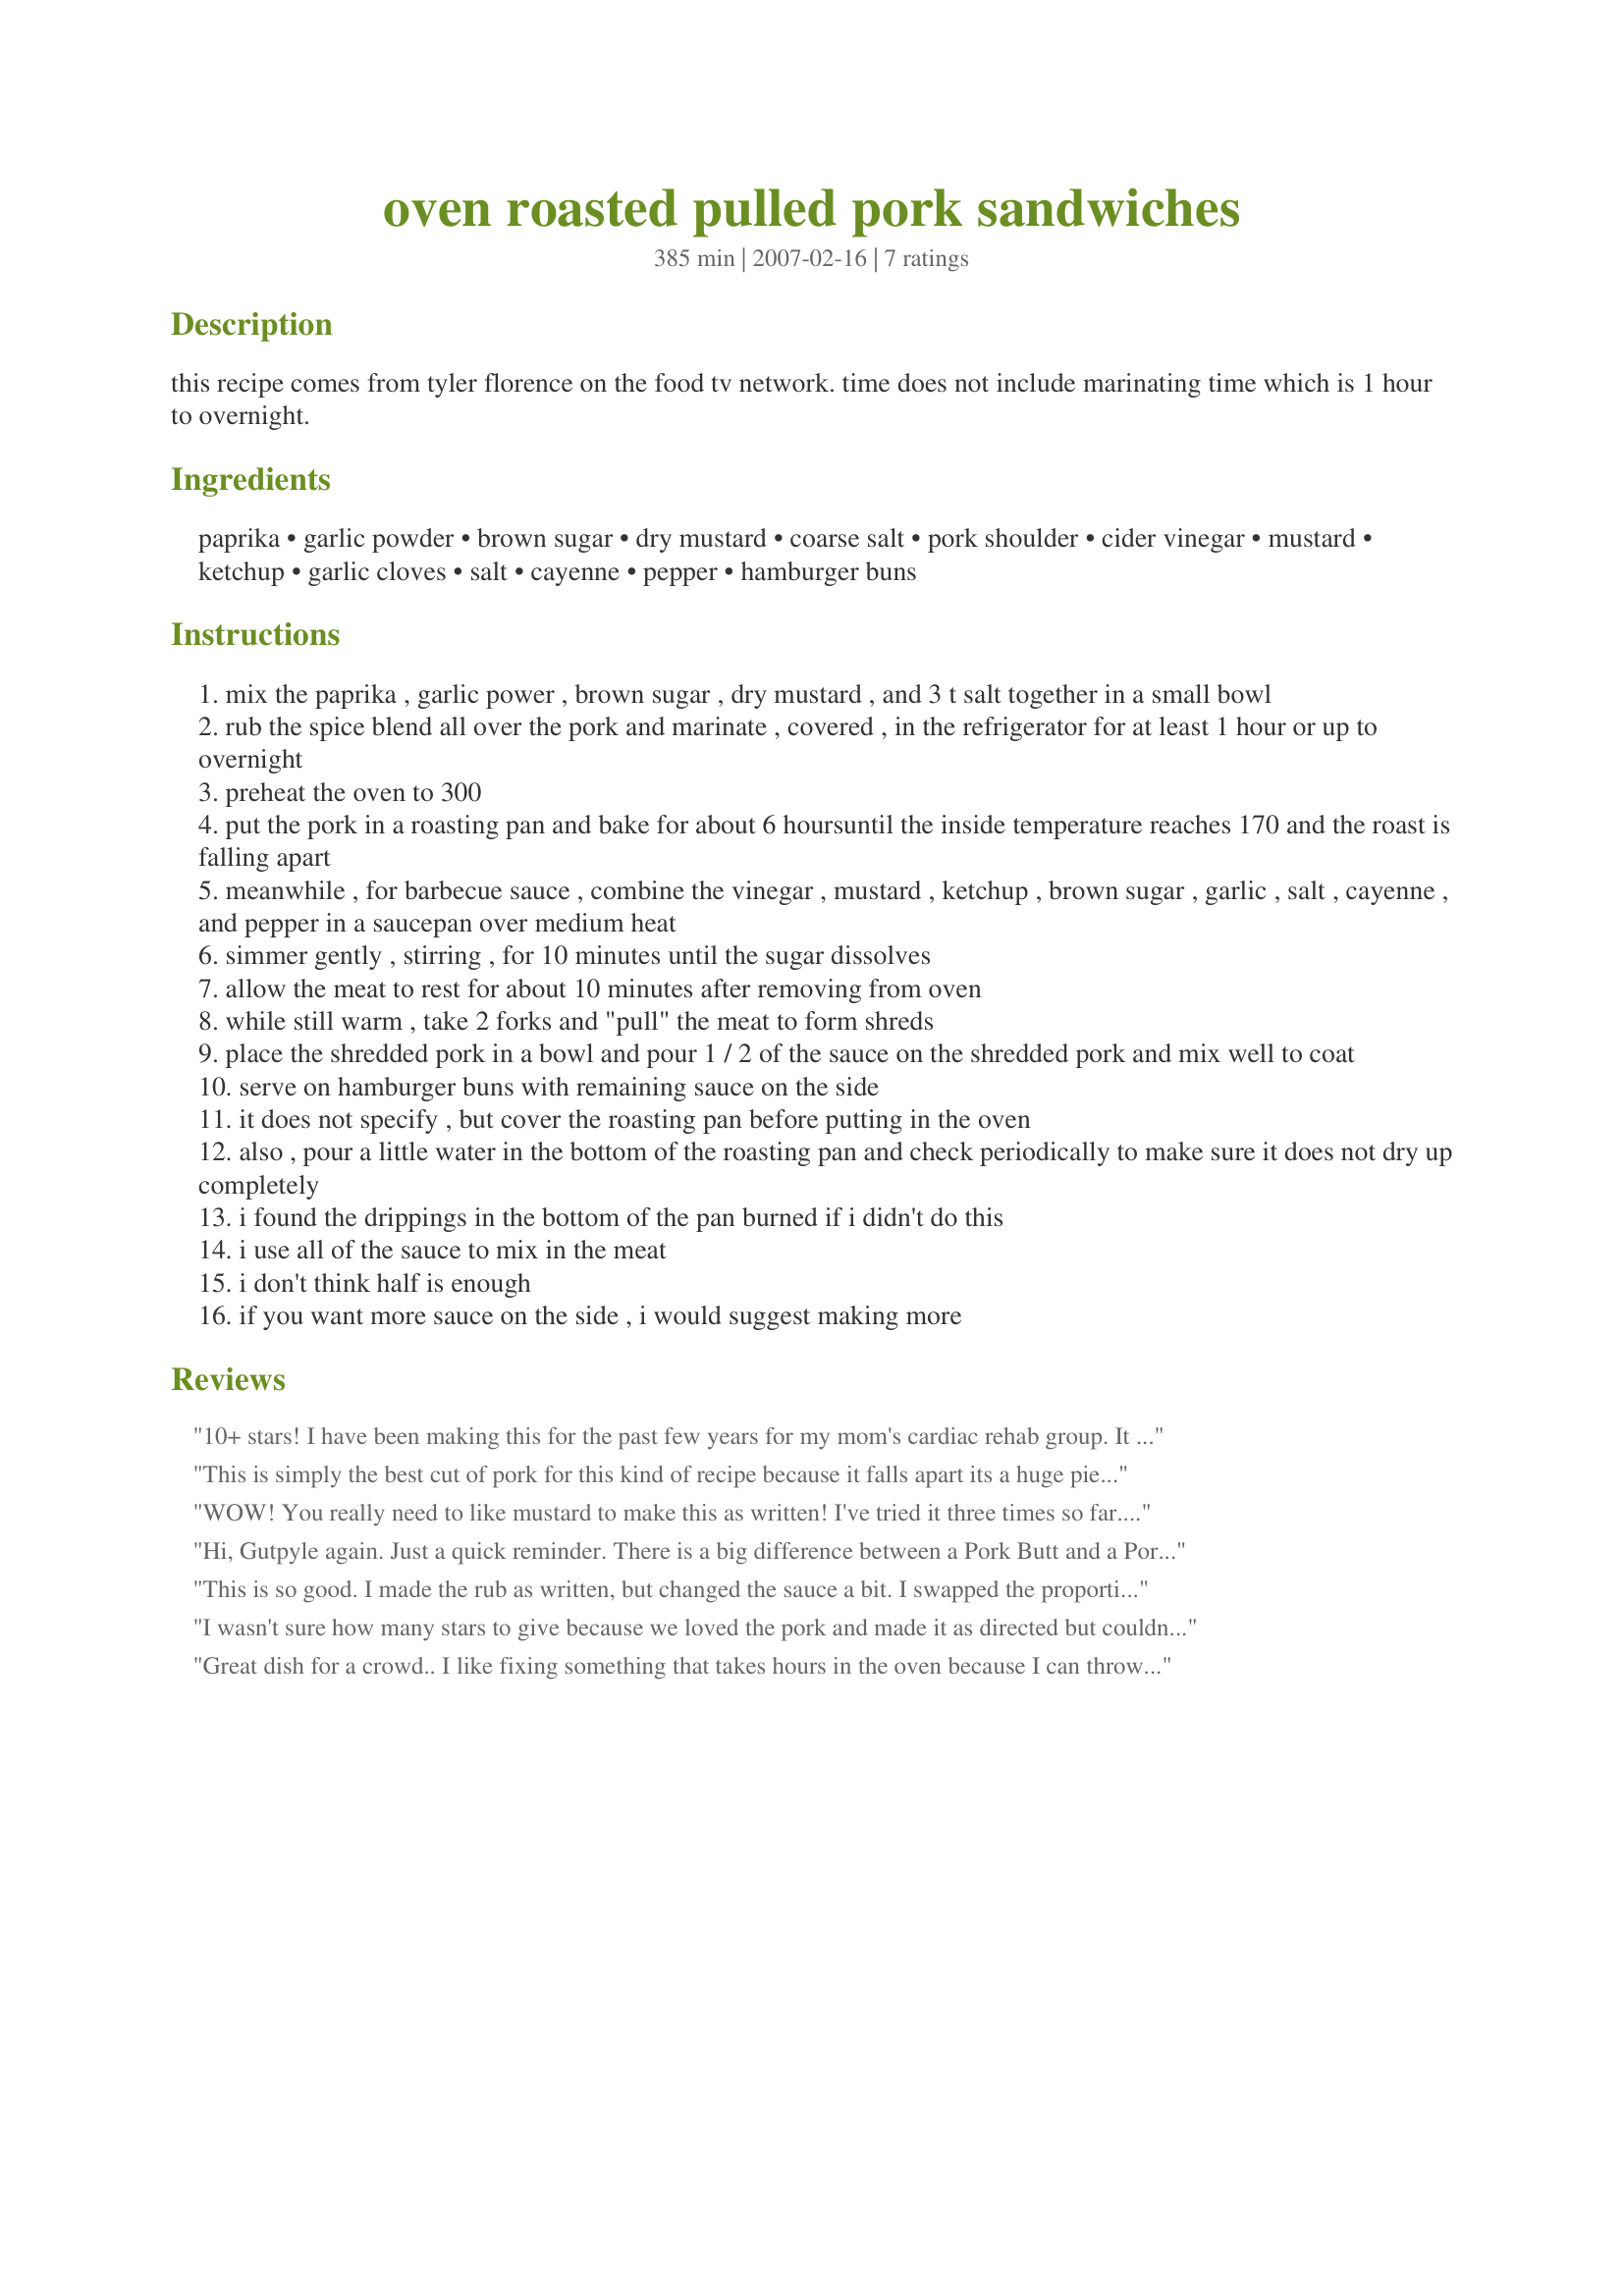
oven roasted pulled pork sandwiches
Preparation time: 385 minutes

this recipe comes from tyler florence on the food tv network. time does not include marinating time which is 1 hour to overnight.

Ingredients:
paprika, garlic powder, brown sugar, dry mustard, coarse salt, pork shoulder, cider vinegar, mustard, ketchup, garlic cloves, salt, cayenne, pepper, hamburger buns

Steps:
mix the paprika , garlic power , brown sugar , dry mustard , and 3 t salt together in a small bowl
rub the spice blend all over the pork and marinate , covered , in the refrigerator for at least 1 hour or up to overnight
preheat the oven to 300
put the pork in a roasting pan and bake for about 6 hoursuntil the inside temperature reaches 170 and the roast is falling apart
meanwhile , for barbecue sauce , combine the vinegar , mustard , ketchup , brown sugar , garlic , salt , cayenne , and pepper in a saucepan over medium heat
simmer gently , stirring , for 10 minutes until the sugar dissolves
allow the meat to rest for about 10 minutes after removing from oven
while still warm , take 2 forks and "pull" the meat to form shreds
place the shredded pork in a bowl and pour 1 / 2 of the sauce on the shredded pork and mix well to coat
serve on hamburger buns with remaining sauce on the side
it does not specify , but cover the roasting pan before putting in the oven
also , pour a little water in the bottom of the roasting pan and check periodically to make sure it does not dry up completely
i found the drippings in the bottom of the pan burned if i didn't do this
i use all of the sauce to mix in the meat
i don't think half is enough
if you want more sauce on the side , i would suggest making more

Reviews:
10+ stars! I have been making this for the past few years for my mom's cardiac rehab group. It is foolproof & perfect. Everybody wants the recipe. I came to print it out & found I've never reviewed this gem. What I do, though, is make about 35 - 50 lbs of pork but for this group I only use the rub. I only double the rub recipe & it will coat the top (fatty) part of 4 large pork butts. It goes into the oven for about 10 hours & comes out falling off the bone & too delicious to be imagined. YUMMMMMMMMM!
This is simply the best cut of pork for this kind of recipe because it falls apart its a huge piece of meat for a fairly small price. Using a pork roast is not as tender and costs alot more...also I dont use the mustard but everything else is right one. YUM!
WOW! You really need to like mustard to make this as written! I've tried it three times so far...backed off the paprika a bit and have used only yellow mustard each time. I ended up switching amounts for mustard and ketchup, backed off the cayenne by half, PLUS added two shots of pure maple syrup to take the 'edge' off! Still has a really nice 'kick' to it! I've always used pork loin and it NEVER takes 6 hrs. to reach temp! Really nice with creamy coleslaw! (And the roast is good all by itself, too!) It takes a little time to make but it's really a simple recipe. I hope others venture to try it out now that it has a review!
Hi, Gutpyle again. Just a quick reminder. There is a big difference between a Pork Butt and a Pork Shoulder. The ones I buy actually say Fresh Pork Picnic Shoulder. If your not sure ask your butcher.
This is so good. I made the rub as written, but changed the sauce a bit. I swapped the proportions of the mustard and ketchup, but found it a little too tangy for my tastes.
I wasn't sure how many stars to give because we loved the pork and made it as directed but couldn't even get close to using the bbq sauce. It was so strong that when I tried to taste it, my eyes watered. We threw that part away but the pork itself was very good. I served it with Sweet Baby Ray's on the side.
Great dish for a crowd.. I like fixing something that takes hours in the oven because I can throw it in and get other chores done. Turned out great and every drop was eaten.
